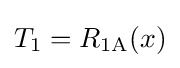
T_{1}=R_{\text{1A}}(x)